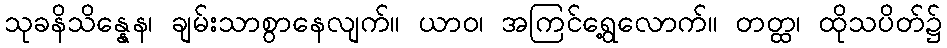
သုခနိသိန္နေန၊ ချမ်းသာစွာနေလျက်။ ယာဝ၊ အကြင်ရွေ့လောက်။ တတ္ထ၊ ထိုသပိတ်၌